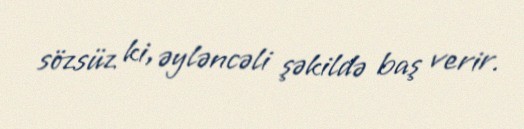
sözsüz ki, əyləncəli şəkildə baş verir.